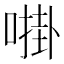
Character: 𫫔